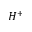
H ^ { + }